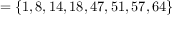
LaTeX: = \{ 1 , 8 , 1 4 , 1 8 , 4 7 , 5 1 , 5 7 , 6 4 \}